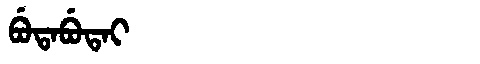
Manchu: ᠪᡠᡨᠠᠪᡠᡨᠠᡳ
Romanization: BUTABUTAI